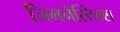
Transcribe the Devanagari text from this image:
जिमनैस्टिक्स